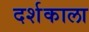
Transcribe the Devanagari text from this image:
दर्शकाला